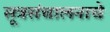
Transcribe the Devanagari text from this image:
सूत्रसंचालनाचे